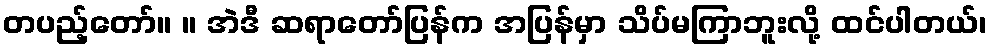
တပည့်တော်။ ။ အဲဒီ ဆရာတော်ပြန်က အပြန်မှာ သိပ်မကြာဘူးလို့ ထင်ပါတယ်၊